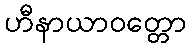
ဟီနာယာဝတ္တော